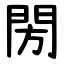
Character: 閍